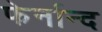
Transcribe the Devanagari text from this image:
फेर्नान्द